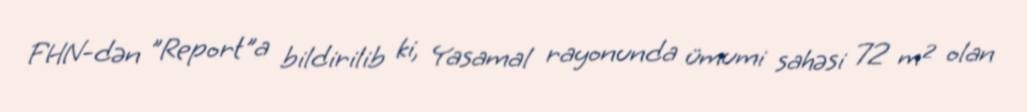
FHN-dən "Report"a bildirilib ki, Yasamal rayonunda ümumi sahəsi 72 m² olan